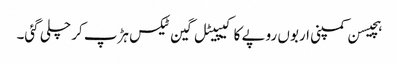
ہچیسن کمپنی اربوں روپے کا کیپیٹل گین ٹیکس ہڑپ کر چلی گئی۔